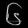
Digit: ၆